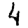
Digit: 4